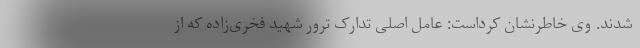
شدند. وی خاطرنشان کرداست: عامل اصلی تدارک ترور شهید فخری‌زاده که از